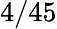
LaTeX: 4/45